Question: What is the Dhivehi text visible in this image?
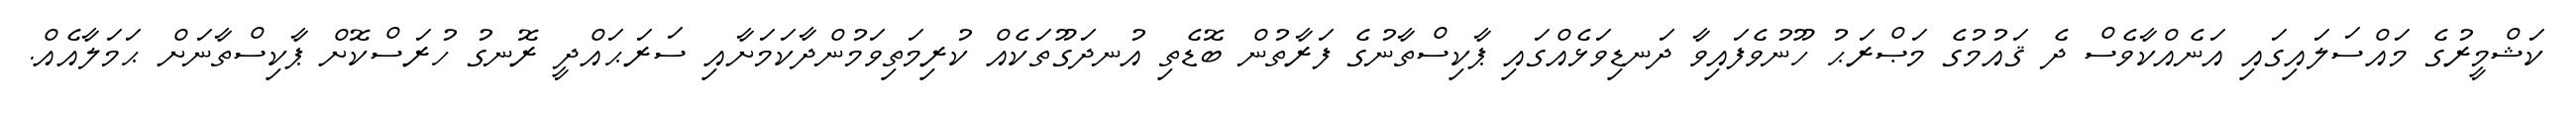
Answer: ކަޝްމީރުގެ މައްސަލައިގައި އަނެއްކާވެސް ދެ ޤައުމުގެ މަޞްރަޙު ހޫނުވެފައިވާ ދަނޑިވަޅެއްގައި ޕާކިސްތާނުގެ ފަރާތުން ބޮޑެތި އުނދަގޫތަކެއް ކުރިމަތިވަމުންދާކަމަށާއި ސަރަޙައްދީ ރޮނގު ހުރަސްކޮށް ޕާކިސްތާނަށް ޙަމަލާއެއް.